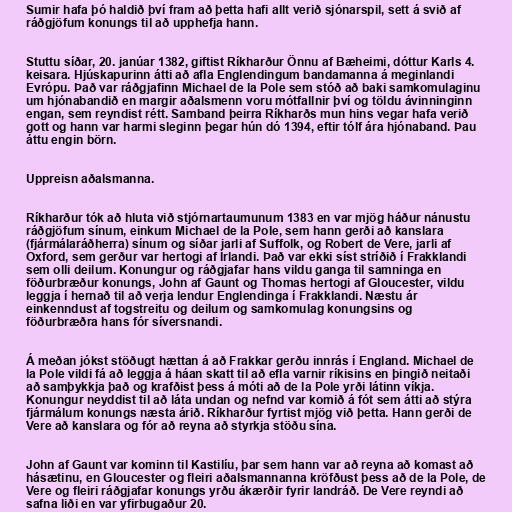
Sumir hafa þó haldið því fram að þetta hafi allt verið sjónarspil, sett á svið af
ráðgjöfum konungs til að upphefja hann.

Stuttu síðar, 20. janúar 1382, giftist Ríkharður Önnu af Bæheimi, dóttur Karls 4.
keisara. Hjúskapurinn átti að afla Englendingum bandamanna á meginlandi
Evrópu. Það var ráðgjafinn Michael de la Pole sem stóð að baki samkomulaginu
um hjónabandið en margir aðalsmenn voru mótfallnir því og töldu ávinninginn
engan, sem reyndist rétt. Samband þeirra Ríkharðs mun hins vegar hafa verið
gott og hann var harmi sleginn þegar hún dó 1394, eftir tólf ára hjónaband. Þau
áttu engin börn.

Uppreisn aðalsmanna.

Ríkharður tók að hluta við stjórnartaumunum 1383 en var mjög háður nánustu
ráðgjöfum sínum, einkum Michael de la Pole, sem hann gerði að kanslara
(fjármálaráðherra) sínum og síðar jarli af Suffolk, og Robert de Vere, jarli af
Oxford, sem gerður var hertogi af Írlandi. Það var ekki síst stríðið í Frakklandi
sem olli deilum. Konungur og ráðgjafar hans vildu ganga til samninga en
föðurbræður konungs, John af Gaunt og Thomas hertogi af Gloucester, vildu
leggja í hernað til að verja lendur Englendinga í Frakklandi. Næstu ár
einkenndust af togstreitu og deilum og samkomulag konungsins og
föðurbræðra hans fór síversnandi.

Á meðan jókst stöðugt hættan á að Frakkar gerðu innrás í England. Michael de
la Pole vildi fá að leggja á háan skatt til að efla varnir ríkisins en þingið neitaði
að samþykkja það og krafðist þess á móti að de la Pole yrði látinn víkja.
Konungur neyddist til að láta undan og nefnd var komið á fót sem átti að stýra
fjármálum konungs næsta árið. Ríkharður fyrtist mjög við þetta. Hann gerði de
Vere að kanslara og fór að reyna að styrkja stöðu sína.

John af Gaunt var kominn til Kastilíu, þar sem hann var að reyna að komast að
hásætinu, en Gloucester og fleiri aðalsmannanna kröfðust þess að de la Pole, de
Vere og fleiri ráðgjafar konungs yrðu ákærðir fyrir landráð. De Vere reyndi að
safna liði en var yfirbugaður 20.